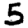
Digit: 5